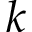
k